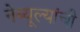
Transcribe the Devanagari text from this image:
नेब्यूल्यांची